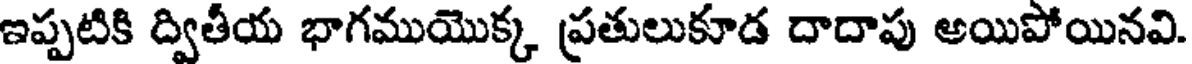
ఇప్పటికి ద్వితీయ భాగముయొక్క ప్రతులుకూడ దాదాపు అయిపోయినవి.